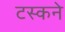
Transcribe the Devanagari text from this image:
टस्कने